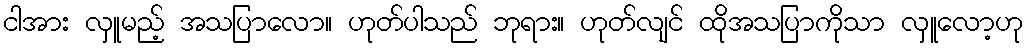
ငါအား လှူမည့် အသပြာလော။ ဟုတ်ပါသည် ဘုရား။ ဟုတ်လျင် ထိုအသပြာကိုသာ လှူလော့ဟု